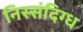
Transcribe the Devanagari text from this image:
निस्संदिग्ध